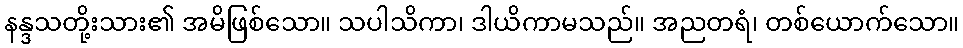
နန္ဒသတို့းသား၏ အမိဖြစ်သော။ သပါသိကာ၊ ဒါယိကာမသည်။ အညတရံ၊ တစ်ယောက်သော။